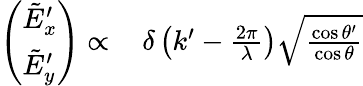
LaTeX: \begin{array}{rl}{\left(\begin{array}{l}{\tilde{E}_{x}^{\prime}}\\ {\tilde{E}_{y}^{\prime}}\end{array}\right)\propto\, }&{{}\delta\left(k^{\prime}-\frac{2\pi}{\lambda}\right)\sqrt{\frac{\cos\theta^{\prime}}{\cos\theta}}}\end{array}